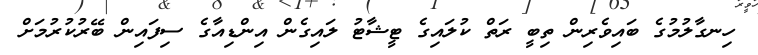
ހިނގާލުމުގެ ބައިވެރިން ތިބީ ރަތް ކުލައިގެ ޓީޝާޓު ލައިގެން އިންޑިއާގެ ސިފައިން ބޭރުކުރުމަށް